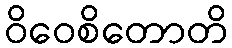
ဝိဝေစိတောတိ